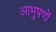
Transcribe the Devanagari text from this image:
आभुषणों